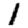
Digit: 1